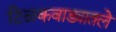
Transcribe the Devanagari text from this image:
टिळकवाड्यातले